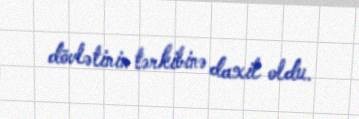
dövlətinin tərkibinə daxil oldu.